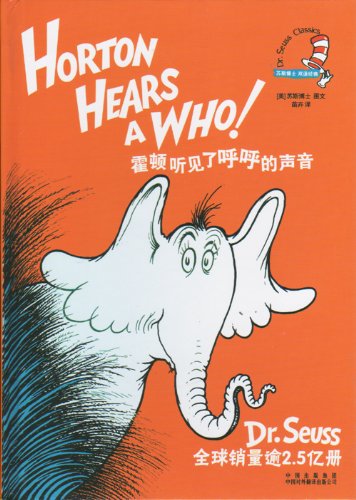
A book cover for Dr. Seuss Classics: Horton Hears a Who! (Chinese and English Edition); Dr. Seuss; Children's Books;